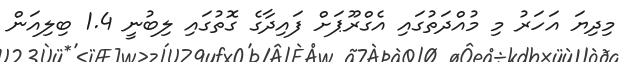
މިދިޔަ އަހަރު މި މުއްދަތުގައި އެގްރޫޕަށް ފައިދާގެ ގޮތުގައި ލިބުނީ 1.4 ބިލިއަން